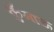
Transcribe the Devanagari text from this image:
कुँमाऊ